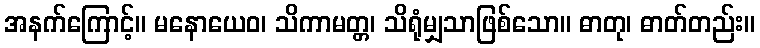
အနက်ကြောင့်။ မနောယေဝ၊ သိကာမတ္တ၊ သိရုံမျှသာဖြစ်သော။ ဓာတု၊ ဓာတ်တည်း။